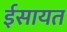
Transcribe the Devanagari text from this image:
ईसायत